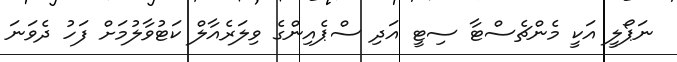
ނަޕޯލީ އަކީ މެންޗެސްޓާ ސިޓީ އަދި ސްޕެއިންގެ ވިލަރެއާލް ކަޓުވާލުމަށް ފަހު ދެވަނަ